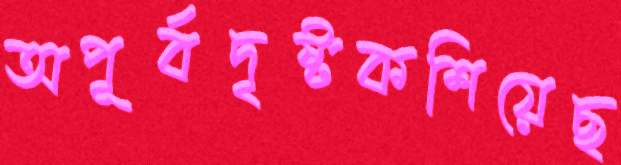
অপূর্বদৃষ্টকশিয়েছ